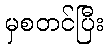
မှစတင်ပြီး